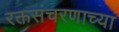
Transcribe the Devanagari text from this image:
रक्तसंचरणाच्या